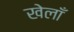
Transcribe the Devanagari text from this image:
खेलाँ